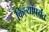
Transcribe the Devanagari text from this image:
किल्यापर्यंत